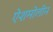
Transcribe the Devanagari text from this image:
ऐशमोलीन